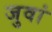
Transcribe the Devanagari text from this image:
जुवां